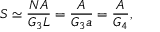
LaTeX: { \cal { S } } \simeq \frac { N A } { G _ { 3 } L } = \frac { A } { G _ { 3 } a } = \frac { A } { G _ { 4 } } ,